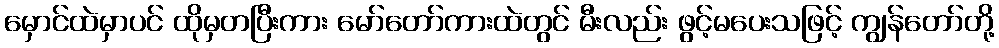
မှောင်ထဲမှာပင် ထိုမှတပြီးကား မော်တော်ကားထဲတွင် မီးလည်း ဖွင့်မပေးသဖြင့် ကျွန်တော်တို့